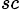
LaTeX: _{sc}